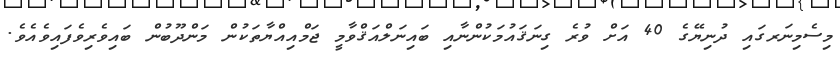
މިސެމިނަރގައި ދުނިޔޭގެ 40 އަށް ވުރެ ގިނަޤައުމަކުންނާއި ބައިނަލްއަޤްވާމީ ޖަމްއިއްޔާތަކުން މަންދޫބުން ބައިވެރިވެފައިވެއެވެ.